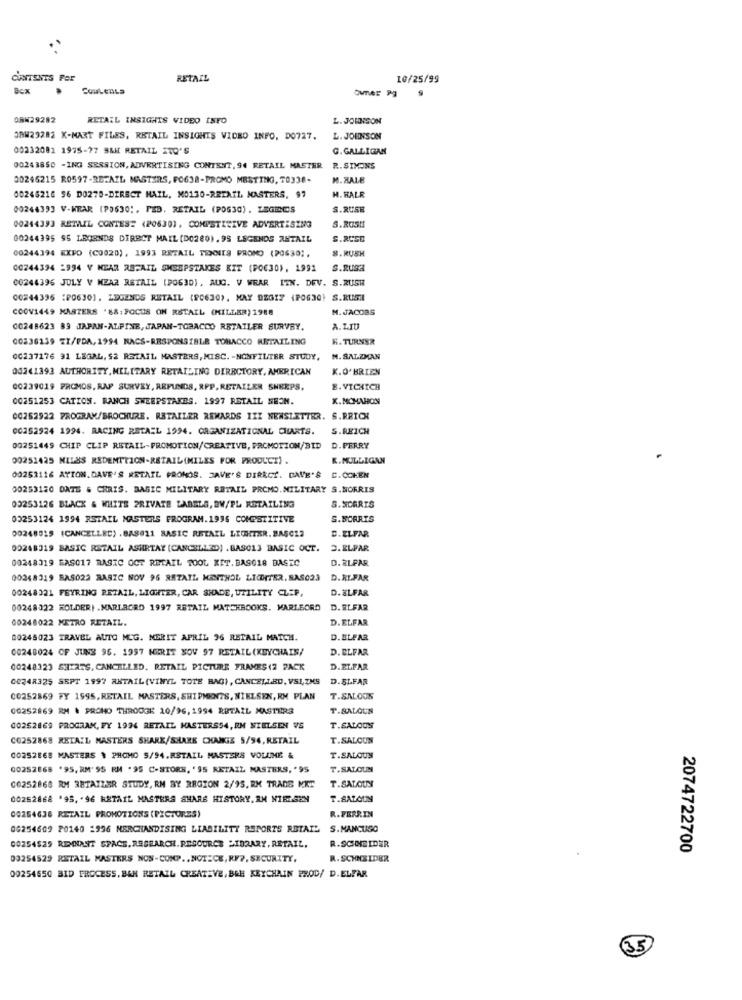
CONTENTS FOR
RETAIL
10/25/99
DCx
ORK29282
RETAIL INSIGHTS VIDEO INFO
L. JOHNSON
JAW29282 K-MART FILES, RETAIL INSIGHTS VIDEO INFO, DO727.
L. JOHNSON
00232081 1975-77 SMH RETAIL ITO'S
G. GALLIGAN
00243850 -ING SERSION, ADVERTISING CONTENT, 94 RETAIL MASTER
R. SIMONS
00246215 R0597-RETAIL MASTERS, FO638-PROMO MBSTING, 70336-
M. ZALE
00245216 56 D0278-DIRECT MAIL, MO130-RETAIL MASTERS, 97
H. HALR
00244393 V-WEAR (PD630 :, PED. RETAIL (POG30). LEGRCS
S.RUSH
00244393 RETAIL CONTES: (PO630), COMPETITIVE ADVERTISING
S.RUSH
00244395 95 LEGENDS DIRECT MAIL (DO280).95 LEGENDS ANTAIL
S.RCSE
8.RUSH
00244394 EXPO (C0020), 1993 RETAIL TENNIS PROMO (POS30 ;.
00244394 -994 V NEAR ABFAIL SWEEPSTAKES KIT (POC30), 1991
S.RUSH
00244396 JULY V MEAR RETAIL (PO630), AUG. V WEAR ITN. DEV. S.RUSH
00244395 :P0630), LEGENDS RETAIL (90630), MAY 92617 (PO630) S.RUSI
COOV1449 MASTERS '88:FOCUS ON RETAIL (KILLER) 1988
M. JACOBS
00248623 89 JAPAN-ALPINE, JAPAN-TOBACCO RETAILER SURVEY.
A.LIU
00236139 ZX/PDA, 1994 NACS-RESPONSIBLE TOBACCO RETAILING
K.TURNSR
0G237176 91 LEGAL, $2 RETAIL MASTERS, MISC. - NONFILTER STUDY,
M. SALZMAN
00241393 AUTHORITY, MILITARY RETAILING DIRECTORY, AMERICAN
K.O'BRIEN
00239019 PROMOS, RAP SURVEY, REFUNDS, RPP. RETAILER SHEEPS,
8. VICKICH
00251253 CATION. RANCH SWEEPSTAKES. 1997 RETAIL MEON.
K.MCMAHON
00252922 7ROGRAM/BROCHURE. RETAILER REWARDS III NEWSLETTER. S.REICH
00252924 1994. RACING RETAIL 1994. ORGANIZATIONAL CHARTS.
S.REICH
00251449 CHIP CLIP RETAIL-PROMOTION/CREATIVE, PROMOTION/BID
D.PERRY
00251425 MILES REDEMTTION-RETAIL(MILES FOR PRODUCT)
K.MULLIGAN
00253116 ATION.DAVE'S RETAIL PRONÓS. JAVE'S DIRECÍ. DAVE'S C.COKEN
00253120 DATE # CHRIS. BASIC MILITARY RETAIL PROMO. MILITARY S.NORRIS
03253126 BLACK & WHITE PRIVATE LABELS, BW/PL RETAILING
S.SCARTS
00253124 1994 RETAIL MASTERS PROGRAM.1996 COMPETITIVE
S.SCARTS
00248919 (CANCELLED) .BAS011 BASIC RETAIL LIGHTER. BAŞC12
C.ELFAR
00248319 BASIC RETAIL ASHRTAY (CANCELLED) . BASC13 BASIC OCT.
3.ELPAR
00248319 EAS017 BASIC OCT RETAIL TOOL KIT. BAS018 BASIC
D. RLPAR
00248319 BAS023 BASIC NOV 96 RETAIL MENTHOL LICHTER. SAS023
D. RLFAR
00248321 FEYRING RETAIL, LIGHTER, CAR SHADE, UTILITY CLEP,
D.ELFAR
00248322 HOLDER) .MARLBORO 1997 RETAIL MATCHBOOKS. MARIEORD
D. ELFAR
00248022 METRO RETAIL.
D. ELFAR
00248023 TRAVEL AUTO MEG. NERIT APRIL 96 RETAIL MATCH.
D. BLFAR
00240024 OF JUNE 96. 1997 MERIT SOV 97 RETAIL (KEYCHAIN/
D. ELFAR
00248323 SHIRTS, CANCELLED. RETAIL PICTURE FRAMES (2 PACK
D.ELFAR
00248325 SEPT 1997 AKTAIL (VINYL TOTE BAG), CANCELLED, VSI,ZNS
D.SLFAR
00252869 FY 1595, RETAIL MASTERS, SHIPMENTS, NIELSEN, RM PLAN
T.SALOON
00252869 RM & PROMO THROOGE 10/96,1994 RETAIL MASTERS
T.SALOUN
00262869 PROGRAM, FY 1994 RETAIL MASTERS94,RM NIELSEN VS
T.SALOUS
CO252868 RETAIL MASTERS SHARE/SHARE CHANGE 5/94, RETAIL
T.SALCUN
00252868 MASTERS & PHOMO 5/94.RETAIL MASTERS VOLIME &
T.SALOUS
00252868 '95, RM'SS RM .95 C-STORE, '95 RETAIL MASTERS, '95
T.SALOUN
00252868 RM 38TAIZMR STUDY, RM BY REGION 2/95, RK TRADE MKT
T.SALOUN
00252868 '95, 96 RETAIL MASTERS SHARE HISTORY, AH NIETSEN
T.BALOUN
00254636 RETAIL PROMOTIONS (PICTURES)
R.FERRIN
00254609 20140 2996 MERCHANDISING LIABILITY REPORTS RETAIL S.MANCUSO
00254529 REMNANT SPACE, RESEARCH. RESOURCE LIBRARY, RETAIL.
R.SCNEIDER
2074722700
09254529 RETAIL MASTERS NOS-CONP ., NOTICE, RF ?, SECURITY,
R. SCHNEIDER
00254650 BID PROCESS, BEN RETAIL CREATIVE, BEH KEYCHAIN FROD/ D. ELFAR
35